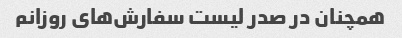
همچنان در صدر لیست سفارش‌های روزانم